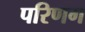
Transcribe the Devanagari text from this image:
परिणग